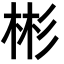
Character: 彬